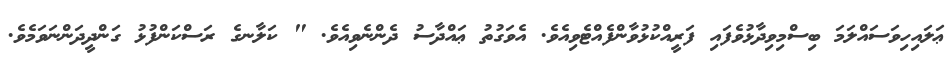
ޢަލައިހިވަސައްލަމަ ބިސްމިވިދާޅުވެފައި ފަރީއްކުޅުވާންފެއްޓެވިއެވެ. އެވަގުތު ޢައްދާސު ދެންނެވިއެވެ. " ކަލާނގެ ރަސްކަންފުޅު ގަންދީދަންނަވަމެވެ.